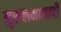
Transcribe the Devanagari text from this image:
मुसलमानादी